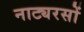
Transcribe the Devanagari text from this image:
नाट्यरसों